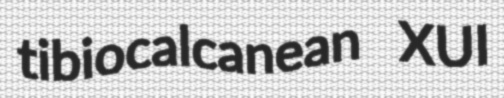
tibiocalcanean XUI